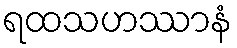
ရထသဟဿာနံ